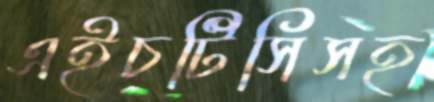
এইচটিসিসহ